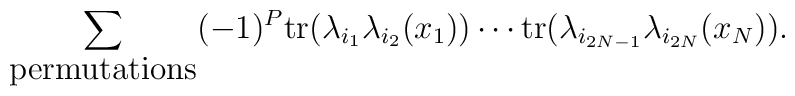
\sum_{\hbox {permutations}} (-1)^{P} \hbox {tr} (\lambda_{i_1} \lambda_{i_2}(x_1)) \cdots \hbox {tr} (\lambda_{i_{2N-1}} \lambda_{i_{2N}}(x_N)).